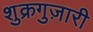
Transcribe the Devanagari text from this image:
शुक्रगुज़ारी